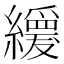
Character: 𦇌